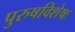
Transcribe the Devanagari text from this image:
पुरुषविशेषः